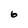
Character: 6